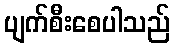
ပျက်စီးစေပါသည်